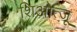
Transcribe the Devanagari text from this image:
शिओत्जू